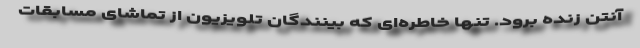
آنتن زنده برود. تنها خاطره‌ای که بینندگان تلویزیون از تماشای مسابقات